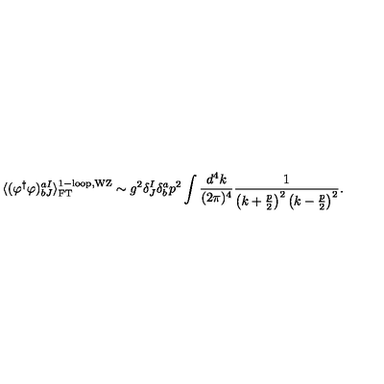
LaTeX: \langle ( \varphi ^ { \dagger } \varphi ) _ { b J } ^ { a I } \rangle _ { \mathrm { F T } } ^ { \mathrm { 1 - l o o p , W Z } } \sim g ^ { 2 } \delta _ { J } ^ { I } \delta _ { b } ^ { a } p ^ { 2 } \int \frac { d ^ { 4 } k } { ( 2 \pi ) ^ { 4 } } \frac { 1 } { \left( k + \frac { p } { 2 } \right) ^ { 2 } \left( k - \frac { p } { 2 } \right) ^ { 2 } } .